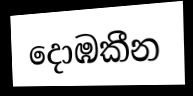
දොඹකීන